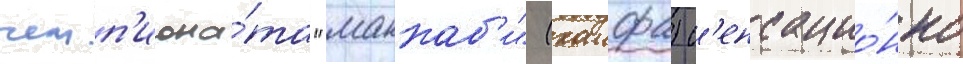
чемп'иона́та "маккаб'и" (хаифа) с'енсацио́нно